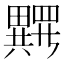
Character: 𱱂